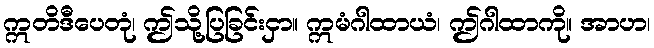
ဣတိဒီပေတုံ၊ ဤသို့ပြခြင်းငှာ။ ဣမံဂါထာယံ၊ ဤဂါထာကို။ အာဟ၊